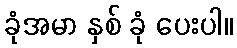
ခုံအမာ နှစ် ခုံ ပေးပါ။